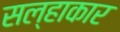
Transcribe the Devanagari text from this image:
सल्हाकार